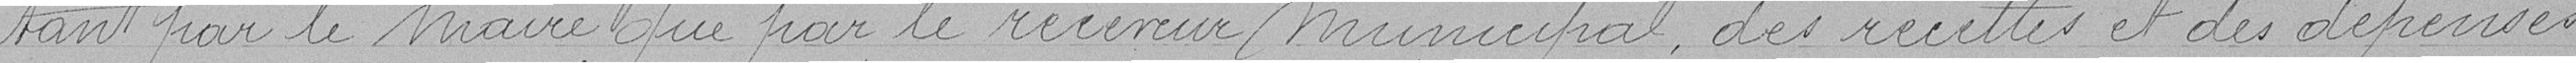
tant par le Maire que par le Receveur Municipal des recettes et des dépenses